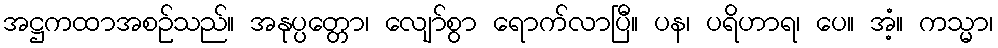
အဋ္ဌကထာအစဉ်သည်။ အနုပ္ပတ္တော၊ လျော်စွာ ရောက်လာပြီ။ ပန၊ ပရိဟာရ၊ ပေ။ အံ့။ ကသ္မာ၊